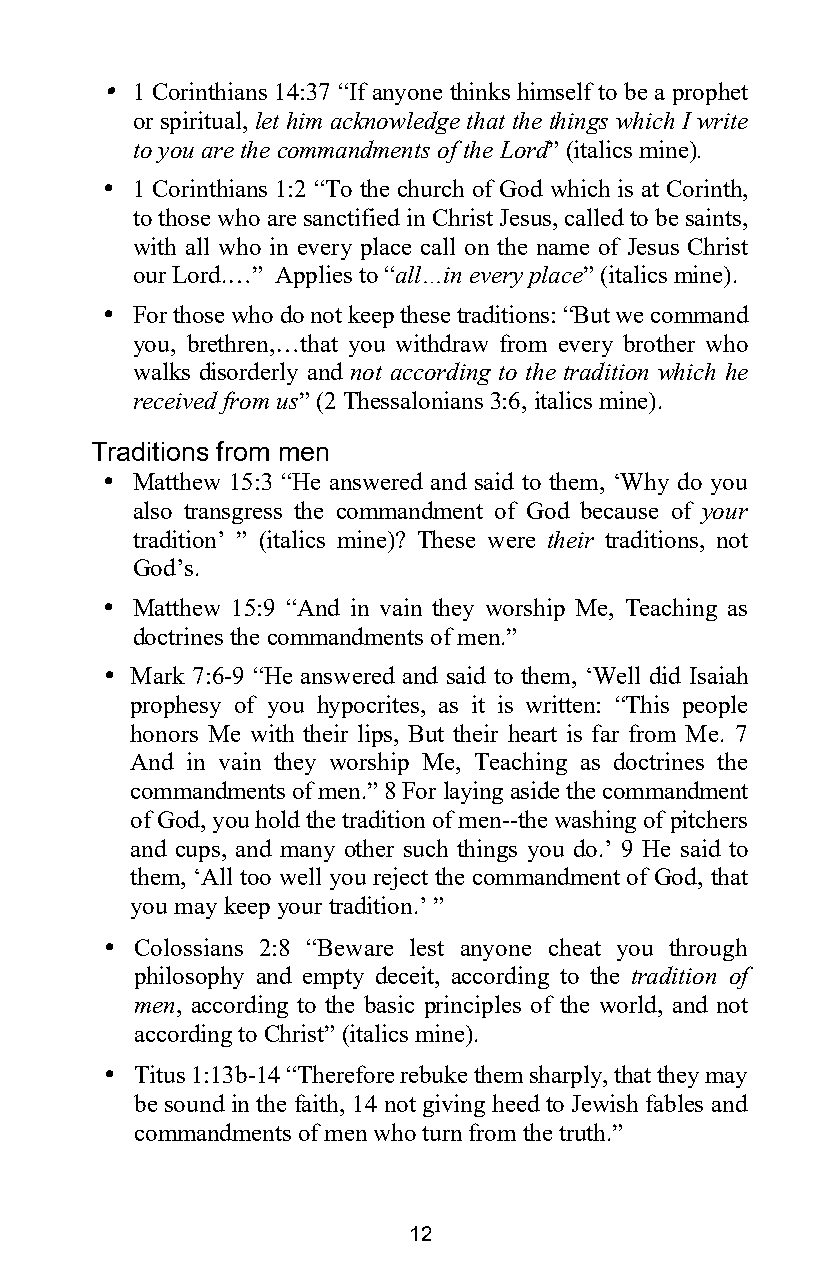
1 Corinthians 14:37 “If anyone thinks himself to be a prophet
 or spiritual, let him acknowledge that the things which I write
 to you are the commandments of the Lord” (italics mine).
  1 Corinthians 1:2 “To the church of God which is at Corinth,
 to those who are sanctified in Christ Jesus, called to be saints,
 with all who in every place call on the name of Jesus Christ
 our Lord.…” Applies to “all…in every place” (italics mine).
  For those who do not keep these traditions: “But we command
 you, brethren,…that you withdraw from every brother who
 walks disorderly and not according to the tradition which he
 received from us” (2 Thessalonians 3:6, italics mine).
 Traditions from men
  Matthew 15:3 “He answered and said to them, ‘Why do you
 also transgress the commandment of God because of your
 tradition’ ” (italics mine)? These were their traditions, not
 God’s.
  Matthew 15:9 “And in vain they worship Me, Teaching as
 doctrines the commandments of men.”
  Mark 7:6-9 “He answered and said to them, ‘Well did Isaiah
 prophesy of you hypocrites, as it is written: “This people
 honors Me with their lips, But their heart is far from Me. 7
 And in vain they worship Me, Teaching as doctrines the
 commandments of men.” 8 For laying aside the commandment
 of God, you hold the tradition of men--the washing of pitchers
 and cups, and many other such things you do.’ 9 He said to
 them, ‘All too well you reject the commandment of God, that
 you may keep your tradition.’ ”
  Colossians 2:8 “Beware lest anyone cheat you through
 philosophy and empty deceit, according to the tradition of
 men, according to the basic principles of the world, and not
 according to Christ” (italics mine).
  Titus 1:13b-14 “Therefore rebuke them sharply, that they may
 be sound in the faith, 14 not giving heed to Jewish fables and
 commandments of men who turn from the truth.”
 12